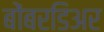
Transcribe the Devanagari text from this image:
बोंबरडिअर